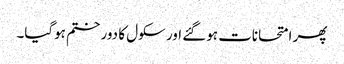
پھر امتحانات ہوگئے اور سکول کا دور ختم ہوگیا۔